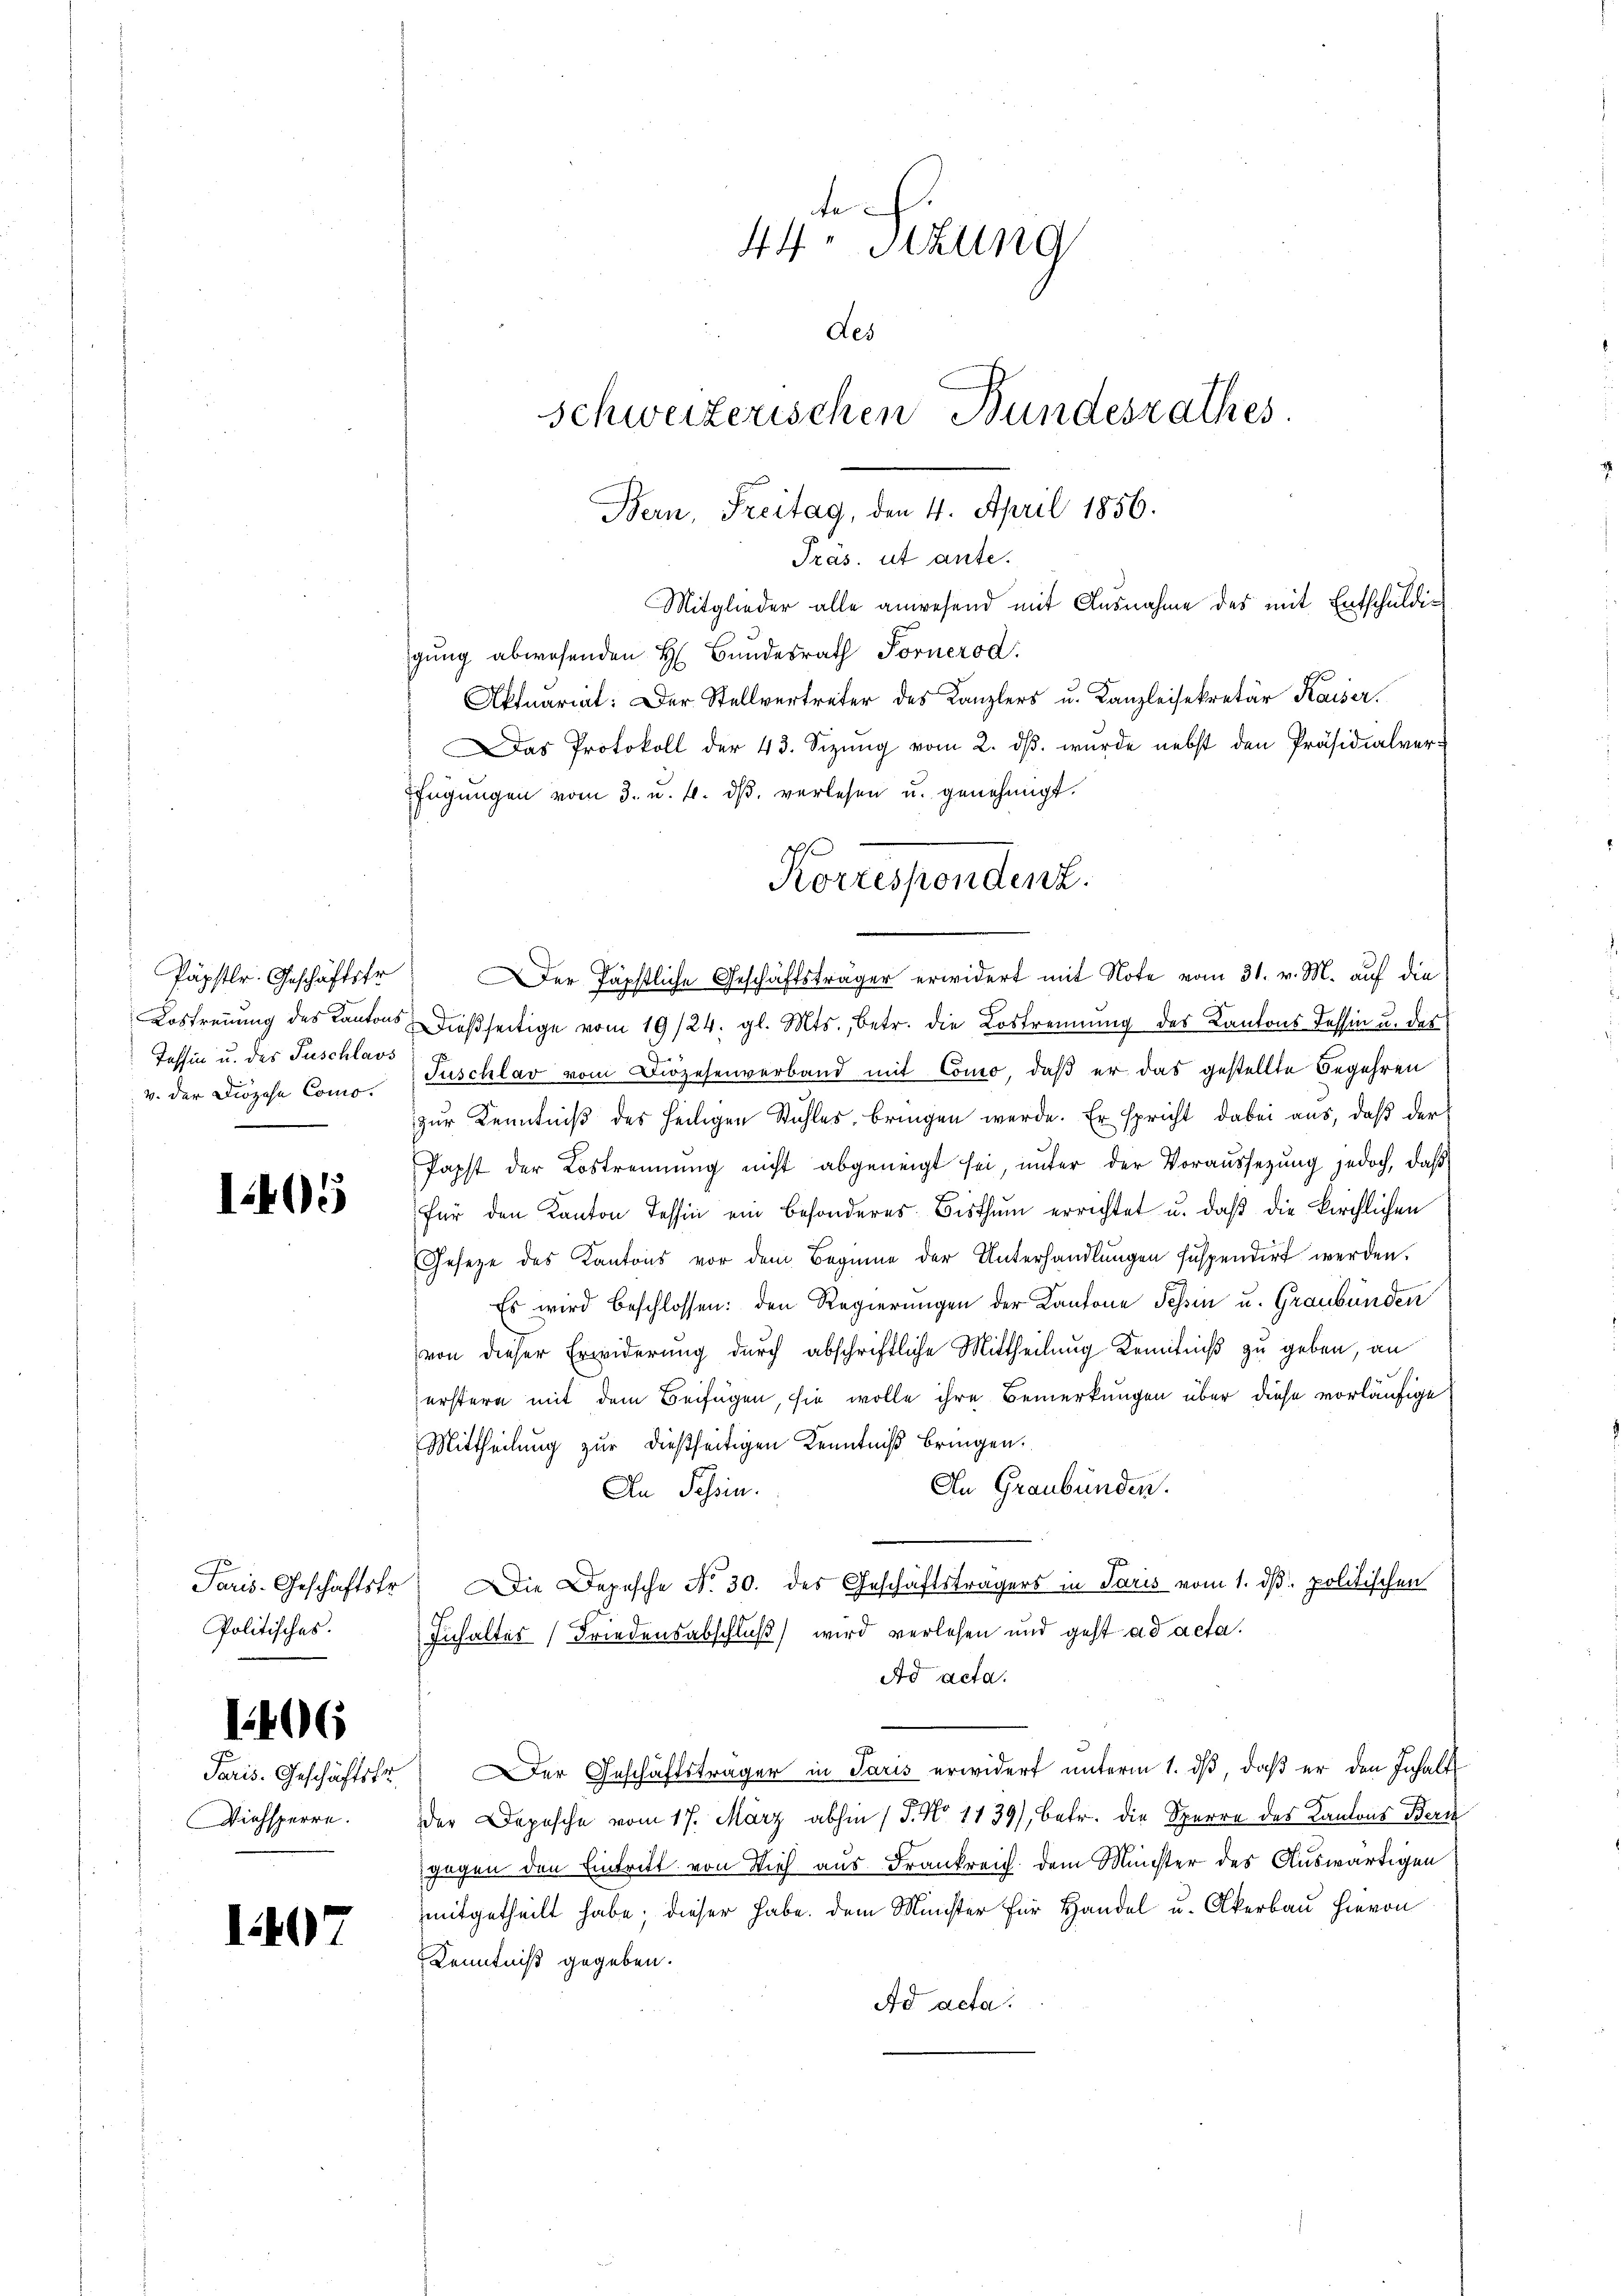
Päpstlr. Geschäftstr
Lostreuung des Kantons
Tessin u. des Fuschlass
v. der Diözese Como.

1405

Paris-Geschäftsfr.
Politisches.

1

1406

Viehsperre.

7

te
44 sizung
des
schweizerischen Bundesrathes.
Bern, Freitag, den 4. April 1856.

Präs. ut ante.

Mitglieder alle anwesend mit Ausnahme des mit Entschuldig
gung abwesenden H Bundesrath Fornerod.
Aktuariat: Der Stellvertreter des Kanzlers u. Kanzleisekretär Kaiser.
Das Protokoll der 43. Sizŭng vom 2. dβ. wurde nebst den Präsidialverfügŭngen vom 3. u. 4. dβ verlesen u. genehmigt.
Der Päpstliche Geschäftsträger erwidert mit Note vom 31. v. M. auf die
Dießseitige vom 19/24. gl. Mts., betr. die Lostrennung des Kantons Tessin u. der
Puschlav vom Diözesenverband mit Como, daß er das gestellte Begehren
zur Kenntniß des heiligen Stahles, bringen werde. Er spricht dabei aus, daß der
Papst der Lostrennung nicht abgeneigt sei, unter der Voraussetzung jedoch, daß
für den Kanton Tessin ein besonderes Bisthum errichtet u. daβ die kirchlichen
Gesetze des Kantons vor dem Beginne der Unterhandlungen suspendirt werden.
Es wird beschlossen: den Regierungen der Kantone Tessin u. Graubünden
von dieser Erwiderung durch abschriftliche Mittheilung Kenntniß zu geben, an
erstern mit dem Beifügen, sie wolle ihre Bemerkungen über diese vorläufige
Mittheilung zur dießseitigen Kenntniß bringen.
An Graubünden.
An Tessin.
Die Depesche No. 30. des Geschäftsträgers in Paris vom 1. dß. politischen
Inhaltes Friedensabschluß) wird verlesen und geht ad acta.
Ad acta.
Paris. Geschäftstr.) Der Geschäftsträger in Paris erwidert ŭnterm 1. dβ, daβ er den Inhalt
der Depesche vom 17. März abhin 17. No 1439), betr. die Sperre des Kantons Beri
gegen den Eintritt von Vieh aus Frankreich dem Münster des Auswärtigen
mitgetheilt habe; dieser habe. Dem Minister für Handel u. Akerbau hievon
Kenntniß gegeben.
Ad acta.

Korrespendenz.